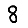
Digit: 8